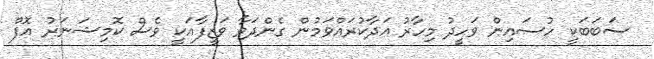
ސަބަބަކީ ހުސައިން ވަހީދު މިހާރު އަދާކުރައްވަމުން ގެންދަވާ ވަޒީފާއަކީ ވެސް ކޮމިޝަނަރު އޮފް